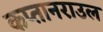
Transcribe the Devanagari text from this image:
कप्तानराउल